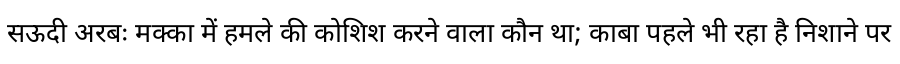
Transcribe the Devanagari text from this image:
सऊदी अरबः मक्का में हमले की कोशिश करने वाला कौन था; काबा पहले भी रहा है निशाने पर